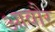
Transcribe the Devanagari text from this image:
आवौर